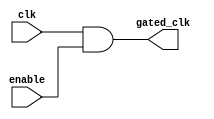
module clock_gating_cell (
    input wire clk,          // Original clock signal
    input wire enable,       // Clock gating control signal
    output wire gated_clk    // Gated clock output
);
    assign gated_clk = clk & enable; // Gated clock logic
endmodule